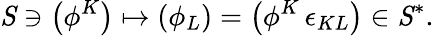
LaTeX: \mathit S\ni\left(\phi^{K}\right)\mapsto\left(\phi_{L}\right)=\left(\phi^{K}\, \epsilon_{KL}\right)\in{\mathit S}^{*}.